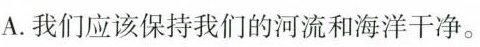
A.我们应该保持我们的河流和海洋干净。